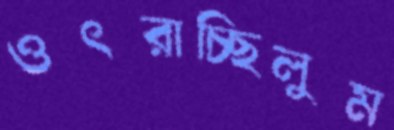
ওৎরাচ্ছিলুম